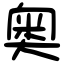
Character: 奥